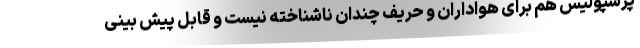
پرسپولیس هم برای هواداران و حریف چندان ناشناخته نیست و قابل پیش بینی